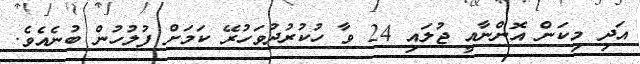
އަދި މިކަން އޮންނާއީ ޖުލައި 24 ވާ ހުކުރުދުވަހުރޭ ކަމަށް ފުލުހުން ބުނެއެވެ.